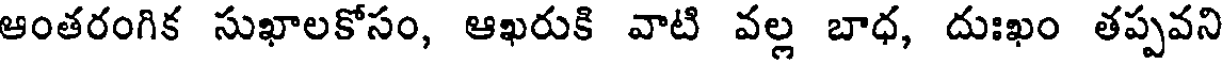
ఆంతరంగిక సుఖాలకోసం, ఆఖరుకి వాటి వల్ల బాధ, దుఃఖం తప్పవని